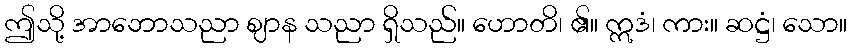
ဤသို့ အာဘောသညာ ဈာန သညာ ရှိသည်။ ဟောတိ၊ ၏။ ဣဒံ၊ ကား။ ဆဋ္ဌံ၊ သော။